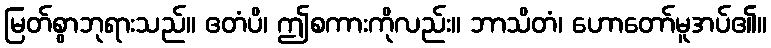
မြတ်စွာဘုရားသည်။ ဧတံပိ၊ ဤစကားကိုလည်း။ ဘာသိတံ၊ ဟောတော်မူအပ်၏။